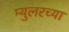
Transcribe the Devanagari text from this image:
म्युलरच्या